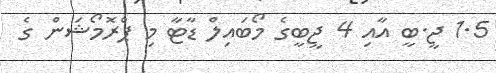
1.5 ޖީ.ބީ އާއި 4 ޖީބީގެ މޯބައިލް ޑާޓާ މި ޕްރޮމޯޝަން ގެ